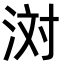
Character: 𪶊